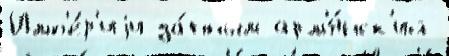
Имп'е́р'иjи да́нным арм'я́нск'ий